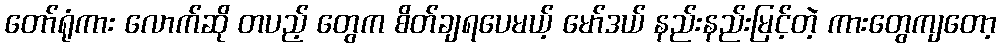
တော်ရုံကား လောက်ဆို တပည့် တွေက စိတ်ချရပေမယ့် မော်ဒယ် နည်းနည်းမြင့်တဲ့ ကားတွေကျတော့